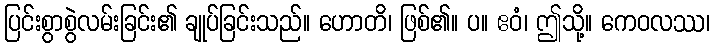
ပြင်းစွာစွဲလမ်းခြင်း၏ ချုပ်ခြင်းသည်။ ဟောတိ၊ ဖြစ်၏။ ပ။ ဧဝံ၊ ဤသို့။ ကေဝလဿ၊